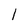
Character: l